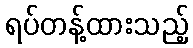
ရပ်တန့်ထားသည့်